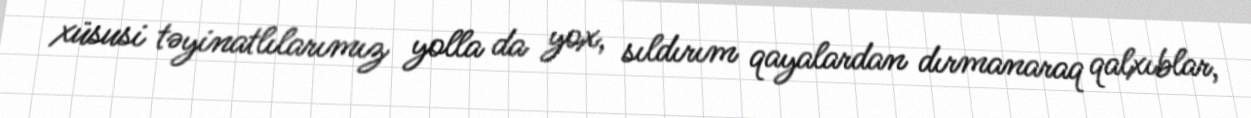
xüsusi təyinatlılarımız yolla da yox, sıldırım qayalardan dırmanaraq qalxıblar,